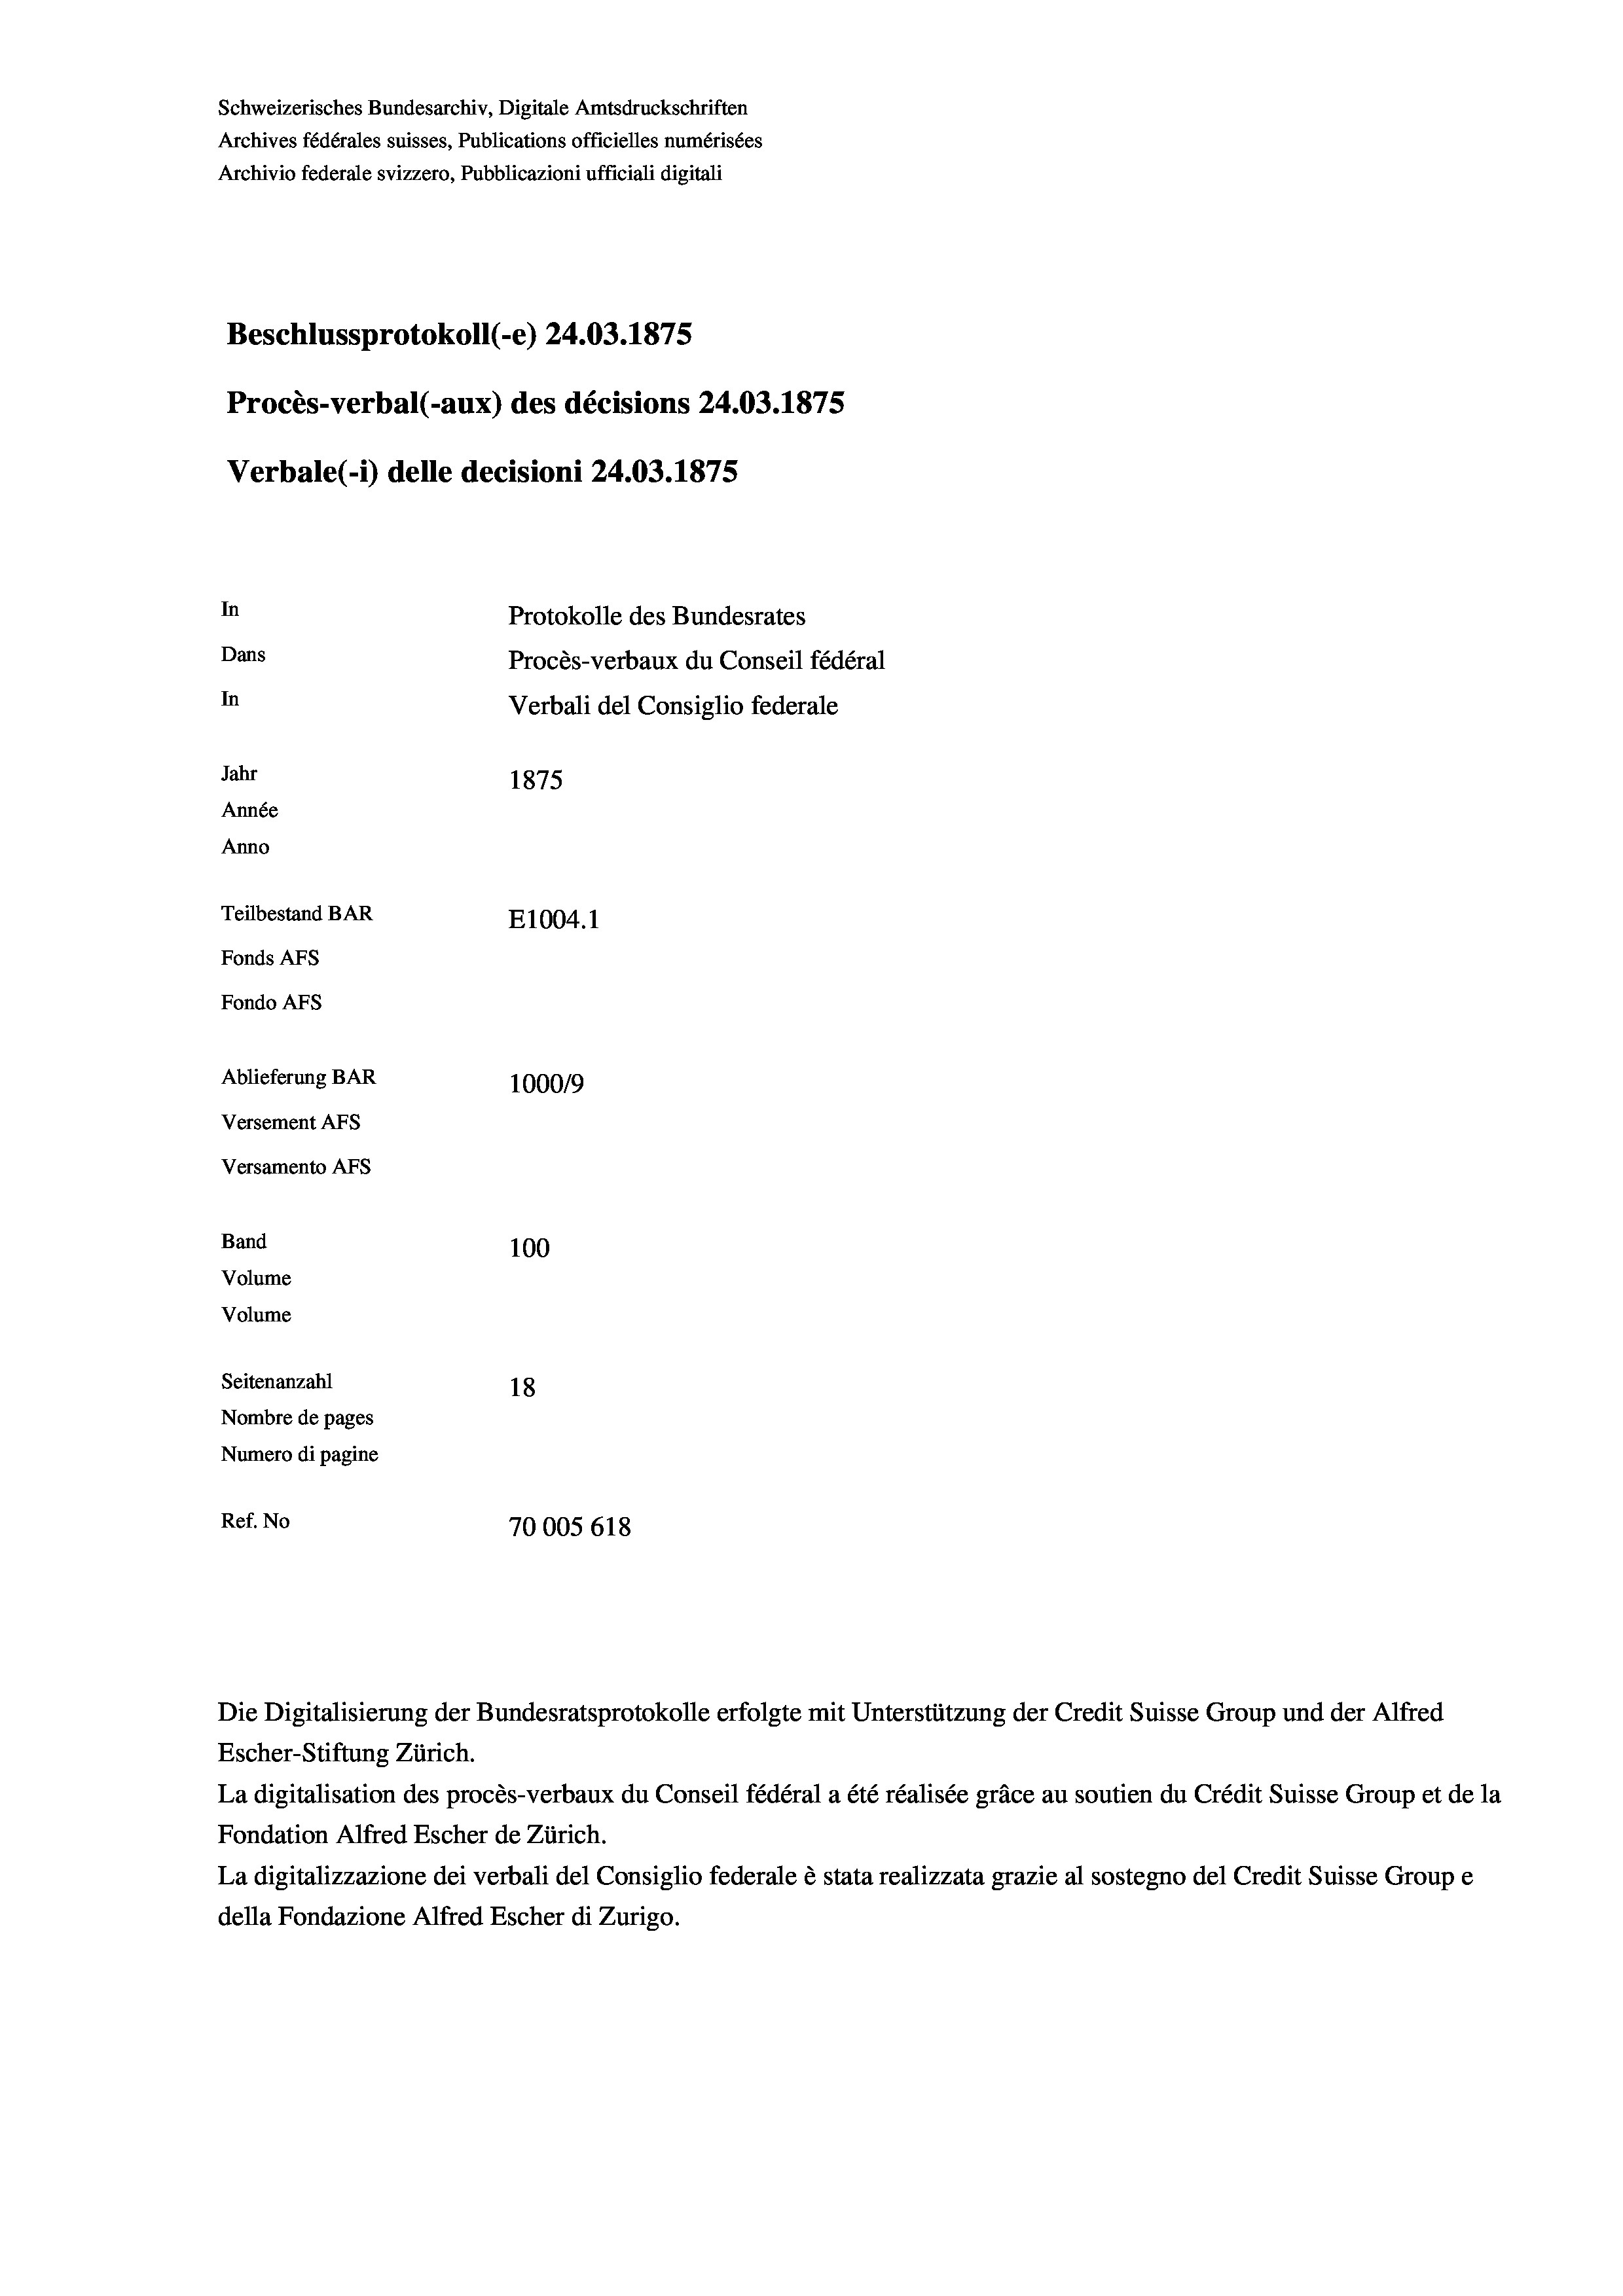
Schweizerisches Bundesarchiv, Digitale Amtsdruckschriften
Archives fédérales suisses, Publications officielles numérisées
Archivio federale svizzero, Pubblicazioni ufficiali digitali
Beschlussprotokoll (-e) 24.03. 1875
Procès-verbal (-aux) des décisions 24.03. 1875
Verbale(-*) delle decisioni 24.03. 1875
In
Protokolle des Bundesrates
Dans
Procès-verbaux du Conseil fédéral
In
Verbali del Consiglio federale
Jahr
1875
Année
Anno
Teilbestand BAR
E1004. 1
Fonds AFs
Fondo AFs
Ablieferung BAR
1000/9
Versement Abs
Versamento AFs
Band
100
Volume
Volume
Seitenanzahl
18
Nombre de pages
Numero di pagine
Ref. No
70005 618

Escher-Stiftung Zürich.
La digitalisation des procès-verbaux du Conseil fédéral a été réalisée gräce au soutien du Crédit Suisse Group et de la
Fondation Alfred Escher de Zürich.
La digitalizzazione dei verbali del Consiglio federale è stata realizzata grazie al sostegno del Credit Suisse Groupe
della Fondazione Alfred Escher di Zurigo.

Die Digitalisierung der Bundesratsprotokolle erfolgte mit Unterstützung der Credit Suisse Group und der Alfred